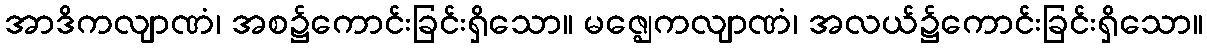
အာဒိကလျာဏံ၊ အစ၌ကောင်းခြင်းရှိသော။ မဇ္ဈေကလျာဏံ၊ အလယ်၌ကောင်းခြင်းရှိသော။